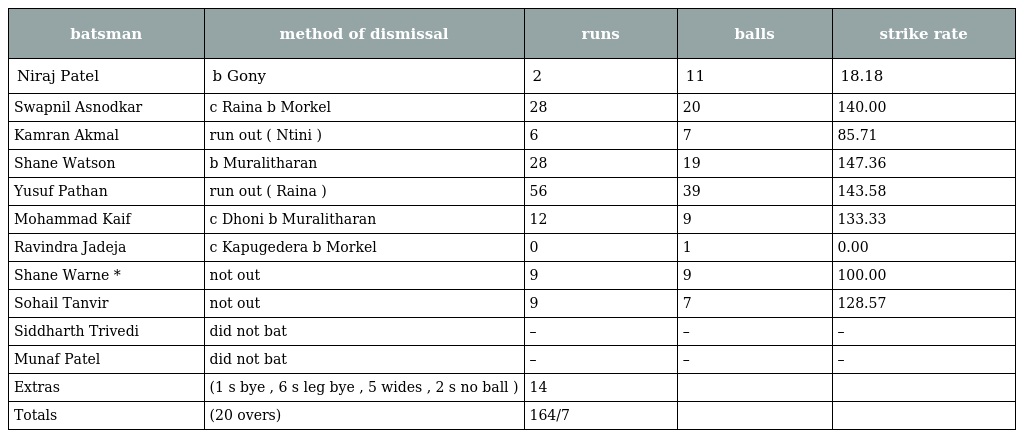
| batsman | method of dismissal | runs | balls | strike rate |
 | --- | --- | --- | --- | --- |
 | Niraj Patel | b Gony | 2 | 11 | 18.18 |
 | Swapnil Asnodkar | c Raina b Morkel | 28 | 20 | 140.00 |
 | Kamran Akmal | run out ( Ntini ) | 6 | 7 | 85.71 |
 | Shane Watson | b Muralitharan | 28 | 19 | 147.36 |
 | Yusuf Pathan | run out ( Raina ) | 56 | 39 | 143.58 |
 | Mohammad Kaif | c Dhoni b Muralitharan | 12 | 9 | 133.33 |
 | Ravindra Jadeja | c Kapugedera b Morkel | 0 | 1 | 0.00 |
 | Shane Warne * | not out | 9 | 9 | 100.00 |
 | Sohail Tanvir | not out | 9 | 7 | 128.57 |
 | Siddharth Trivedi | did not bat | – | – | – |
 | Munaf Patel | did not bat | – | – | – |
 | Extras | (1 s bye , 6 s leg bye , 5 wides , 2 s no ball ) | 14 |  |  |
 | Totals | (20 overs) | 164/7 |  |  |